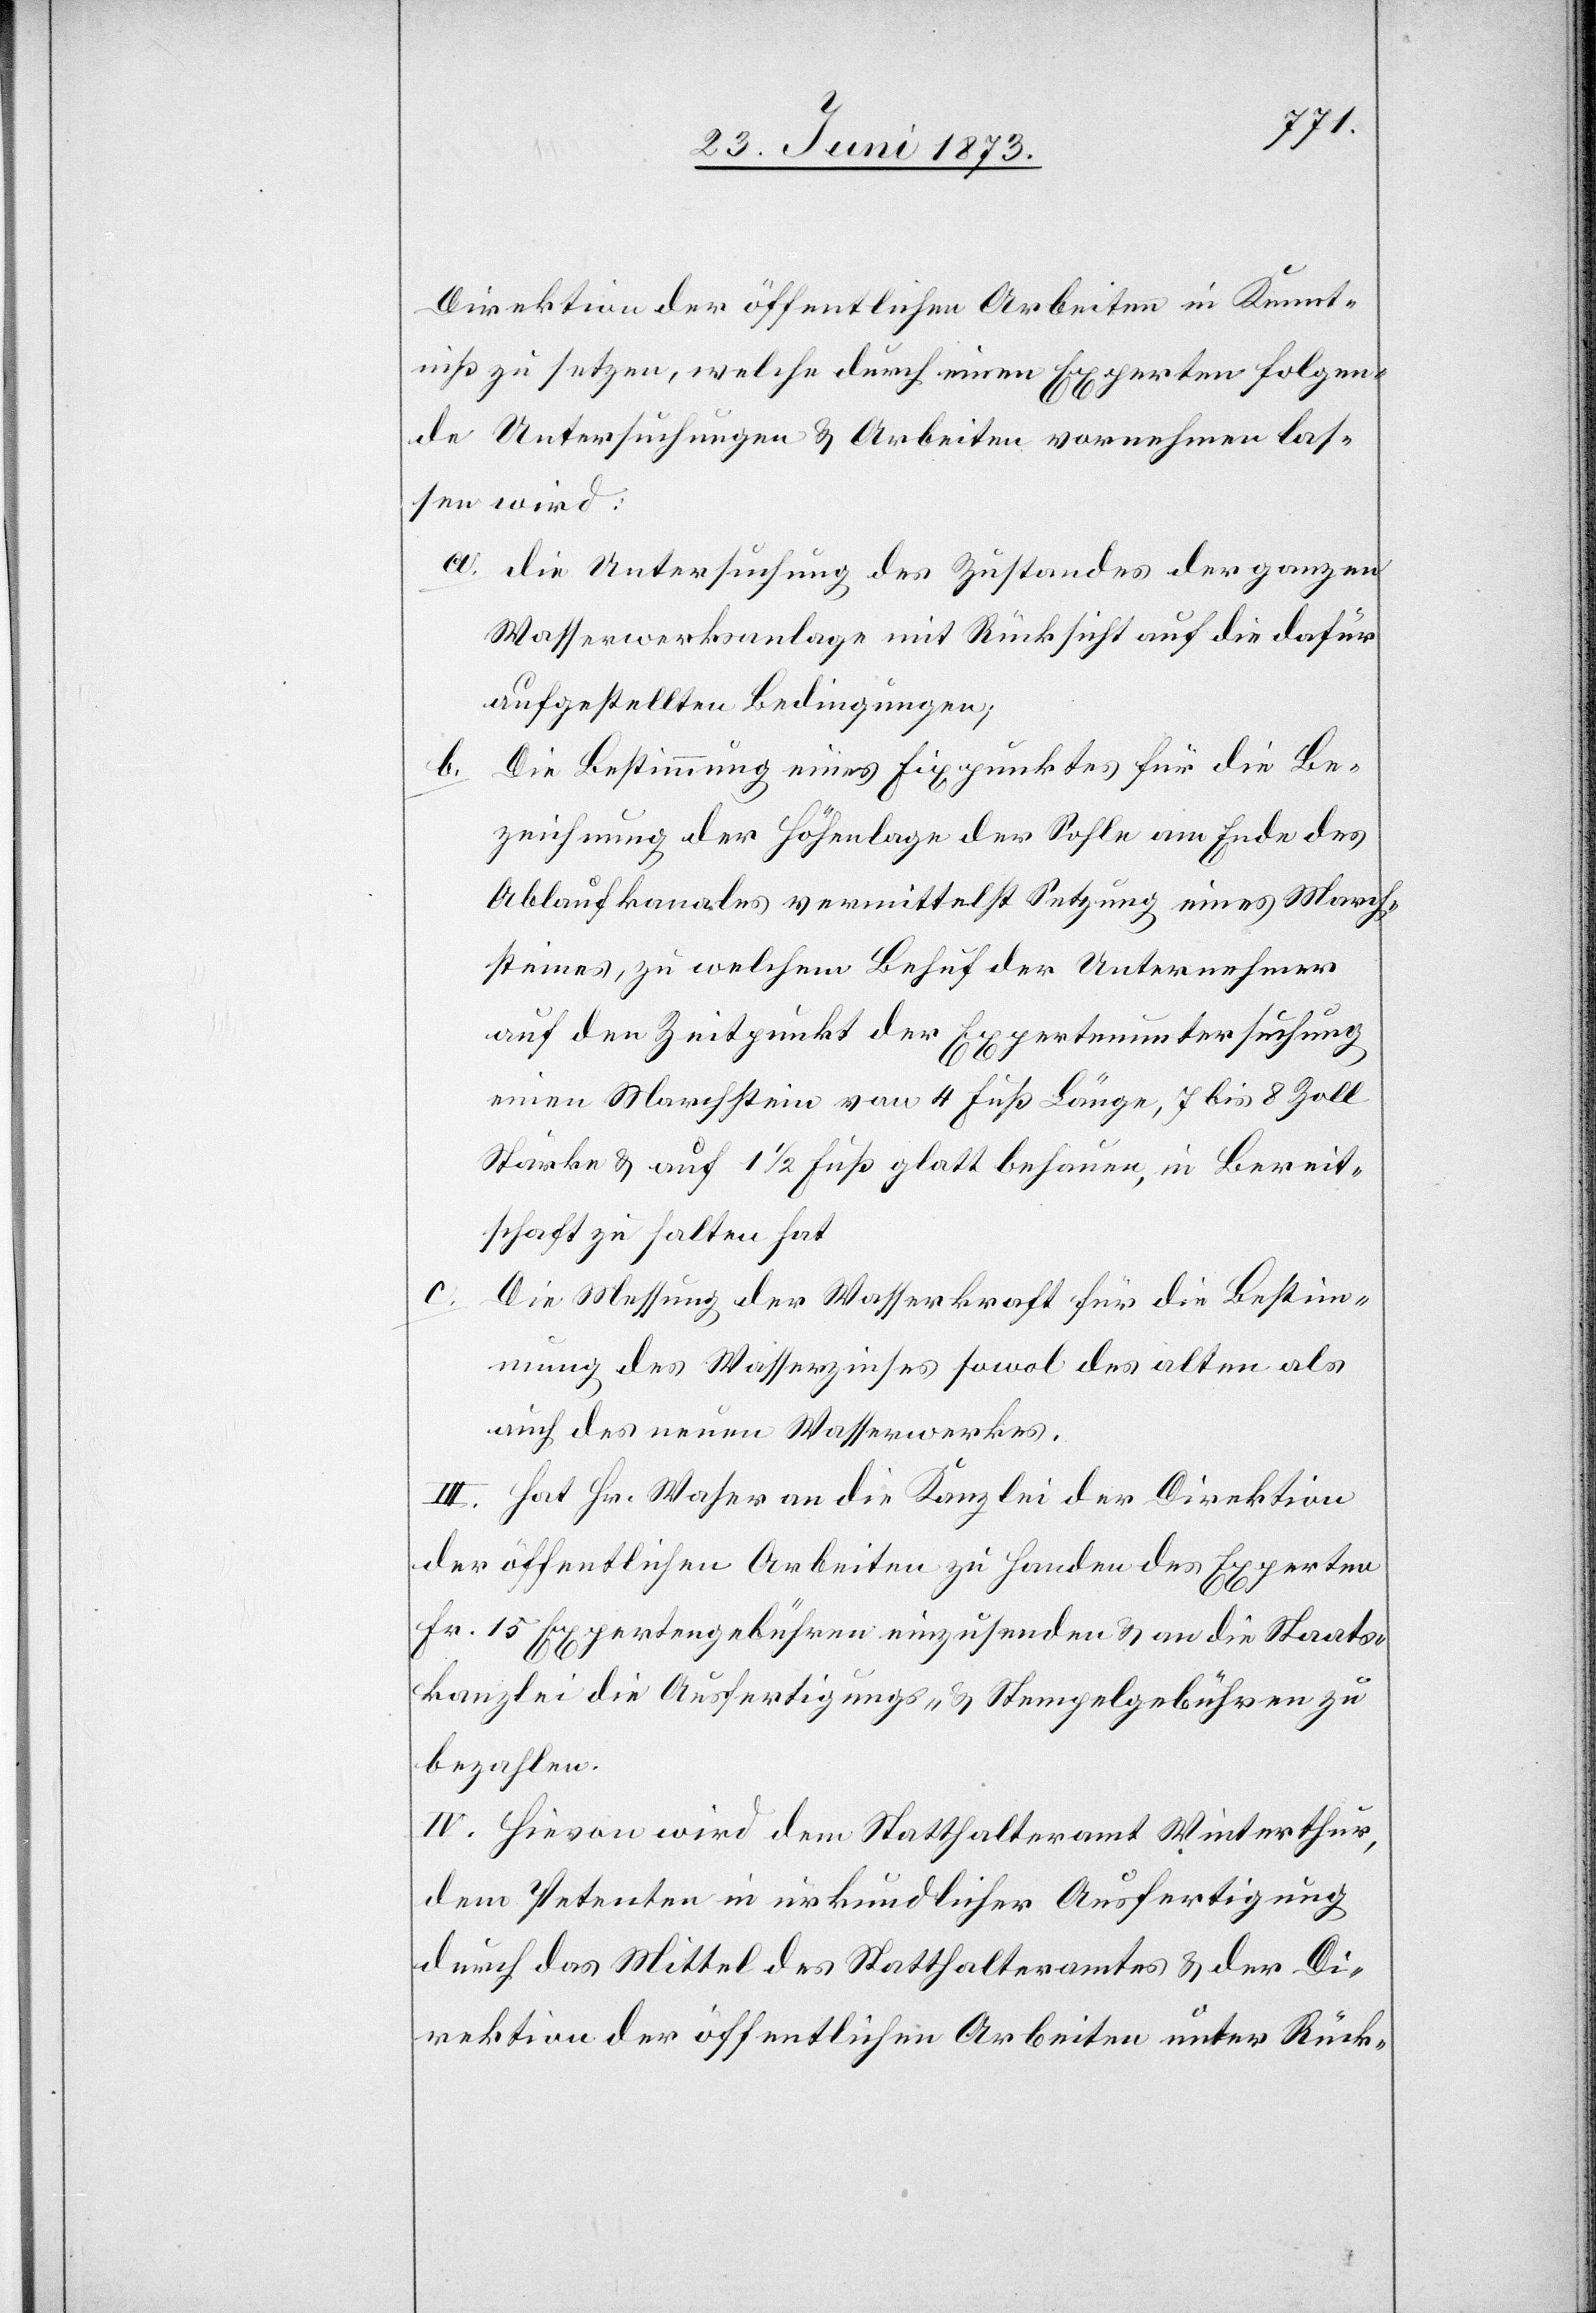
Direktion der öffentlichen Arbeiten in Kennt¬
nis zu setzen, welche durch einen Experten folgen¬
de Untersuchungen & Arbeiten vornehmen las¬
sen wird:
a. die Untersuchung des Zustandes der ganzen
Wasserwerksanlage mit Rücksicht auf die dafür
aufgestellten Bedingungen;
b. Die Bestimmung eines Fixpunktes für die Be¬
zeichnung der Höhenlage der Sohle am Ende des
Ablaufkanales vermittelst Setzung eines March¬
steins, zu welchem Behuf der Unternehmer
auf den Zeitpunkt der Expertenuntersuchung
einen Marchstein von 4 Fuß Länge, 7 bis 8 Zoll
Stärke & auf 1 1/2 Fuß glatt behauen, in Bereit¬
schaft zu halten hat
c.
Die Messung der Wasserkraft für die Bestim¬
mung des Wasserzinses sowol des alten als
auch des neuen Wasserwerkes.
III. Hat Hr. Waser an die Kanzlei der Direktion
der öffentlichen Arbeiten zu Handen des Experten
Fr. 15 Expertengebühren einzusenden & an die Staats¬
kanzlei die Ausfertigungs- & Stempelgebühren zu
bezahlen.
IV. Hievon wird dem Statthalteramt Winterthur,
dem Petenten in urkundlicher Ausfertigung
durch das Mittel des Statthalteramtes & der Di¬
rektion der öffentlichen Arbeiten unter Rück-